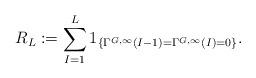
LaTeX: \begin{align*} R_L := \sum_{I=1}^L 1_{\{\Gamma^{G,\infty}(I-1) = \Gamma^{G,\infty}(I)=0\}}.\end{align*}